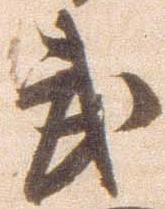
武